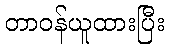
တာဝန်ယူထားပြီး